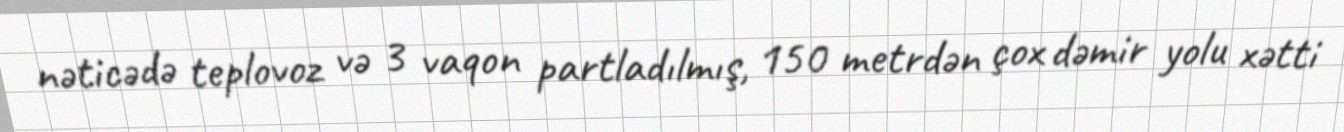
nəticədə teplovoz və 3 vaqon partladılmış, 150 metrdən çox dəmir yolu xətti